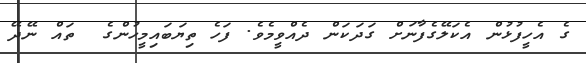
ގެ އެހީފުޅުން އެކަލޭގެފާނަށް ގަދަކަން ދެއްވީމެވެ. ފަހެ ތިޔަބައިމީހުންގެ  ތައް ނޭދޭ